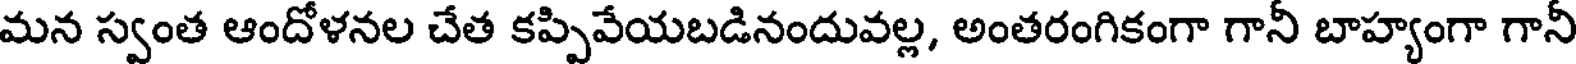
మన స్వంత ఆందోళనల చేత కప్పివేయబడినందువల్ల, అంతరంగికంగా గానీ బాహ్యంగా గానీ